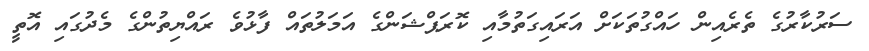
ސަރުކާރުގެ ތެރެއިން ހައްގުތަކަށް އަރައިގަތުމާއި ކޮރަޕްޝަންގެ އަމަލުތައް ފާޅުވެ ރައްޔިތުންގެ މެދުގައި އޮތީ